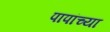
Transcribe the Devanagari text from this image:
पापांच्‍या